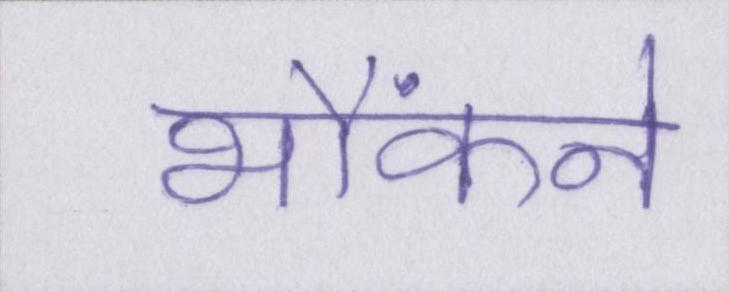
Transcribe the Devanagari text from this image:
भौंकने